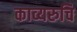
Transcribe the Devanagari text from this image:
काव्यरुचि